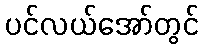
ပင်လယ်အော်တွင်